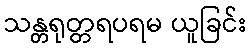
သန္တရုတ္တရပရမ ယူခြင်း